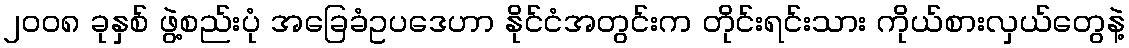
၂၀၀၈ ခုနှစ် ဖွဲ့စည်းပုံ အခြေခံဥပဒေဟာ နိုင်ငံအတွင်းက တိုင်းရင်းသား ကိုယ်စားလှယ်တွေနဲ့